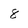
Character: 8